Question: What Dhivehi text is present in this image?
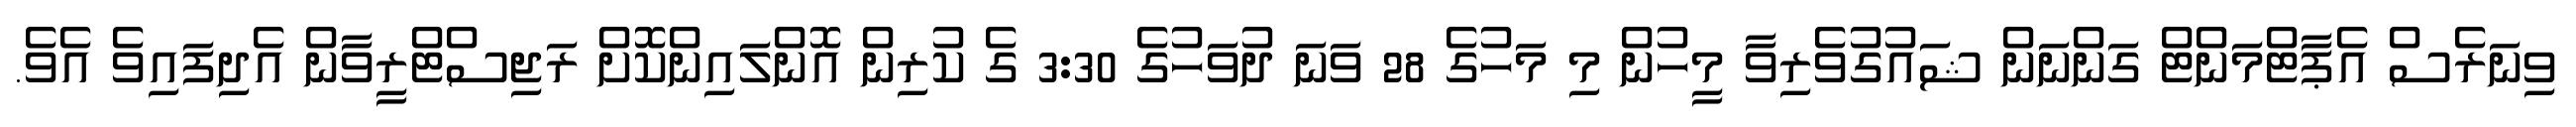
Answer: ވިނަރެސް އެޕާޓްމަންޓް ގަންނަން ޝައުގުވެރިވާ މީހުން މި މަހުގެ 28 ވަނަ ދުވަހުގެ 3:30 ގެ ކުރިން އޮންލައިންކޮށް ރަޖިސްޓްރީވާން އެދިފައިވެ އެވެ.